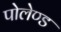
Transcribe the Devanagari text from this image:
पोलेण्ड